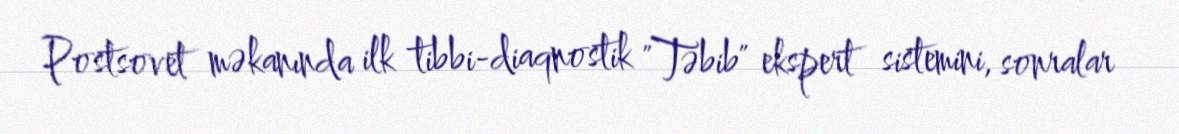
Postsovet məkanında ilk tibbi-diaqnostik "Təbib" ekspert sistemini, sonralar